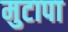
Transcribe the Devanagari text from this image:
मुटापा